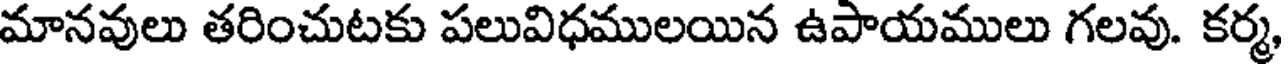
మానవులు తరించుటకు పలువిధములయిన ఉపాయములు గలవు. కర్మ